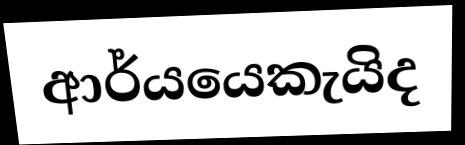
ආර්යයෙකැයිද